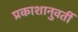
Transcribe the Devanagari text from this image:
प्रकाशानुवर्ती